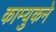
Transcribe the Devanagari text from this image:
काम्युकने